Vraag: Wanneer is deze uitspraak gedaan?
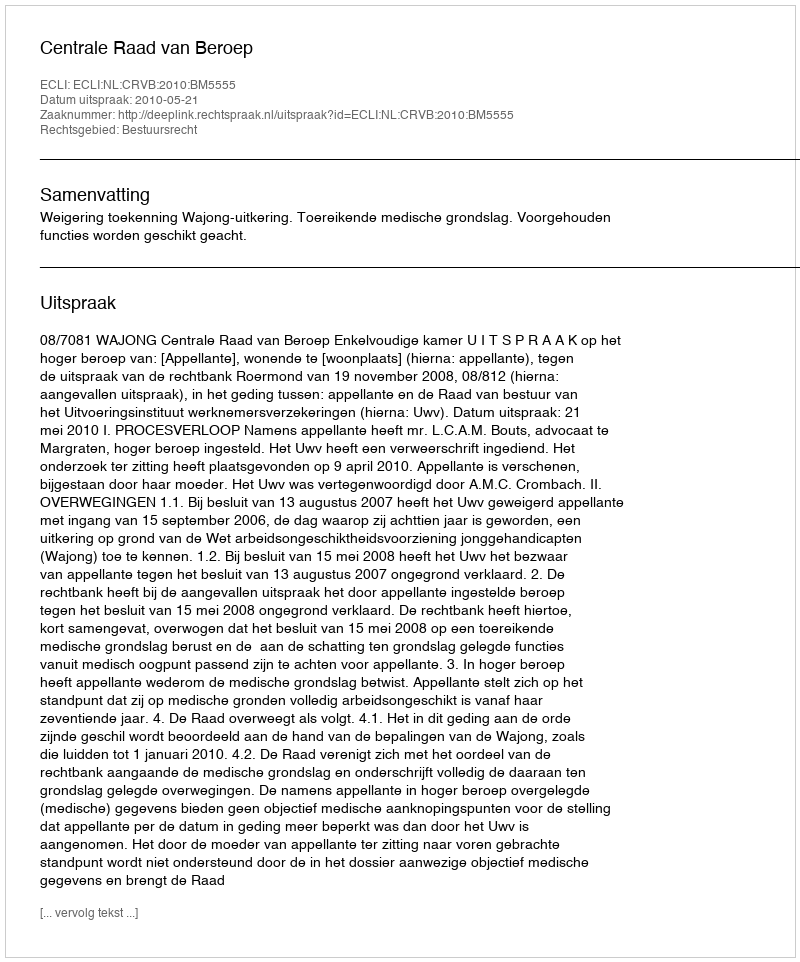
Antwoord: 2010-05-21